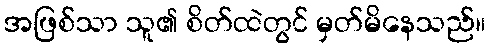
အဖြစ်သာ သူ၏ စိတ်ထဲတွင် မှတ်မိနေသည်။